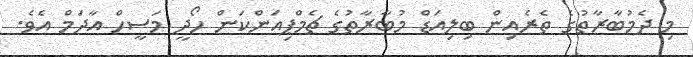
މި ދެމުބާރާތުގެ ތެރެއިން ބިލިއަޑް މުބާރާތުގެ ޗެމްޕިއަންކަން ހޯދީ މަސީހް އާދަމް އެވެ.